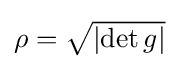
{\textstyle \rho ={\sqrt {\left|\det g\right|}}}